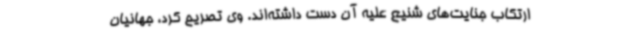
ارتکاب جنایت‌های شنیع علیه آن دست داشته‌اند. وی تصریح کرد، جهانیان